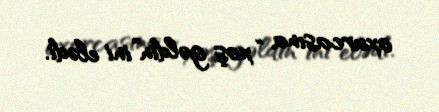
oxurcasına “xoş gəldin”ini elədi.